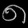
Digit: ၈